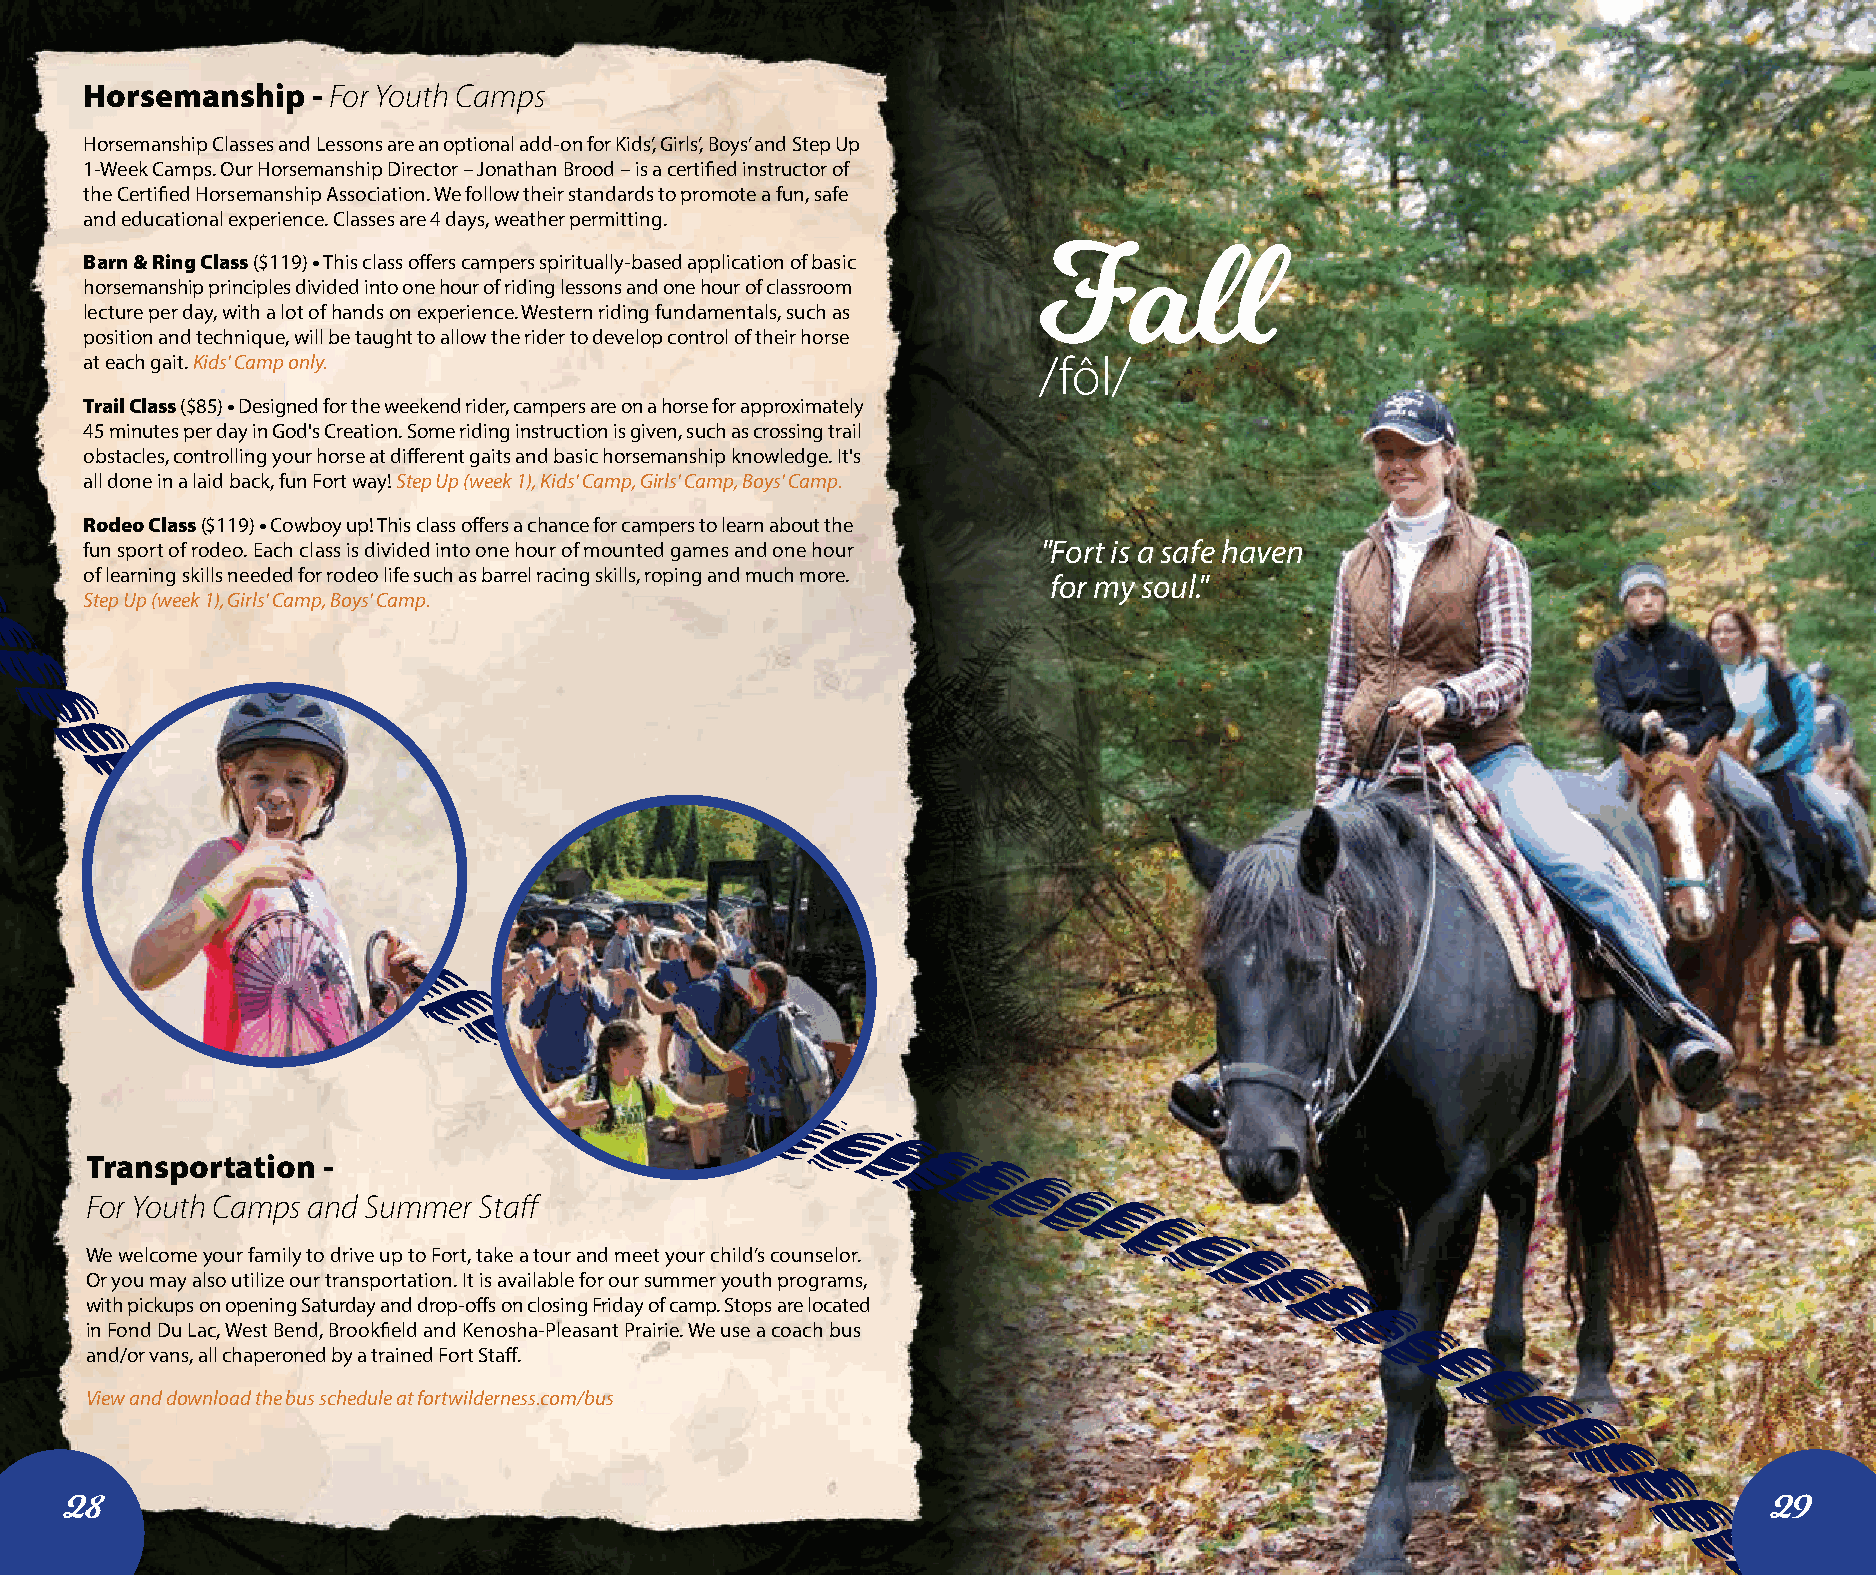
Horsemanship   - For Youth Camps
 Horsemanship Classes and Lessons are an optional add-on for Kids’, Girls’, Boys’ and Step Up
 1-Week Camps. Our Horsemanship Director – Jonathan Brood – is a certified instructor of
 the Certified Horsemanship Association. We follow their standards to promote a fun, safe
 and educational experience. Classes are 4 days, weather permitting.
 Barn & Ring Class ($119) • This class offers campers spiritually-based application of basic
 Fall
 horsemanship principles divided into one hour of riding lessons and one hour of classroom
 lecture per day, with a lot of hands on experience. Western riding fundamentals, such as
 position and technique, will be taught to allow the rider to develop control of their horse
 at each gait. Kids' Camp only.                                 /fôl/
 Trail Class ($85) • Designed for the weekend rider, campers are on a horse for approximately
 45 minutes per day in God's Creation. Some riding instruction is given, such as crossing trail
 obstacles, controlling your horse at different gaits and basic horsemanship knowledge. It's
 all done in a laid back, fun Fort way! Step Up (week 1), Kids' Camp, Girls' Camp, Boys' Camp.
 Rodeo Class ($119) • Cowboy up! This class offers a chance for campers to learn about the
 fun sport of rodeo. Each class is divided into one hour of mounted games and one hour "Fort is a safe haven
 of learning skills needed for rodeo life such as barrel racing skills, roping and much more.
 for my soul."
 Step Up (week 1), Girls' Camp, Boys' Camp.
 Transportation -
 For Youth Camps and Summer Staff
 We welcome your family to drive up to Fort, take a tour and meet your child’s counselor.
 Or you may also utilize our transportation. It is available for our summer youth programs,
 with pickups on opening Saturday and drop-offs on closing Friday of camp. Stops are located
 in Fond Du Lac, West Bend, Brookfield and Kenosha-Pleasant Prairie. We use a coach bus
 and/or vans, all chaperoned by a trained Fort Staff.
 View and download the bus schedule at fortwilderness.com/bus
 28                                                                                                               29